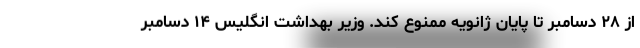
از ۲۸ دسامبر تا پایان ژانویه ممنوع کند. وزیر بهداشت انگلیس ۱۴ دسامبر